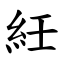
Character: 紝